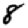
Digit: 8